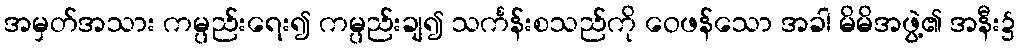
အမှတ်အသား ကမ္ပည်းရေး၍ ကမ္ပည်းချ၍ သင်္ကန်းစသည်ကို ဝေဖန်သော အခါ မိမိအဖွဲ့၏ အနီး၌